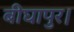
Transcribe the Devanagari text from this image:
बीघापुर।